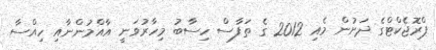
ޕްރޮޖެކްޓްގެ ދަށުން މެއި 2012 ގެ ތަފާސް ހިސާބު މިހާރުވަނީ އާއްމުންނާއި ހިއްސާ